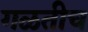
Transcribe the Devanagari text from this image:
गळतीच